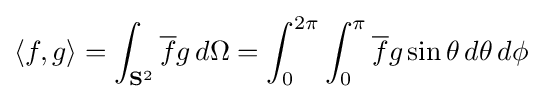
\langle f,g\rangle =\int _{\mathbf {S} ^{2}}{\overline {f}}g\,d\Omega =\int _{0}^{2\pi }\int _{0}^{\pi }{\overline {f}}g\sin \theta \,d\theta \,d\phi